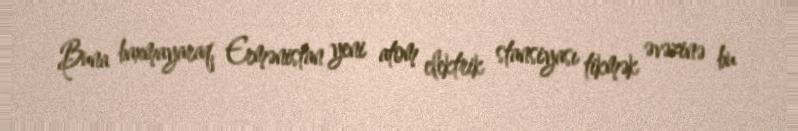
Buna baxmayaraq, Ermənistan yeni atom elektrik stansiyası tikmək əvəzinə bu